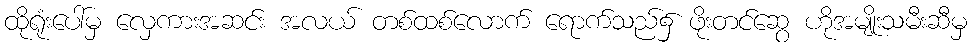
ထိုရုံးပေါ်မှ လှေကားအဆင်း အလယ် တစ်ထစ်လောက် ရောက်သည်၌ ဖိုးတင်ဆွေ ဟိုအမျိုးသမီးဆီမှ